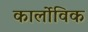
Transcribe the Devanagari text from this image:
कार्लोविक